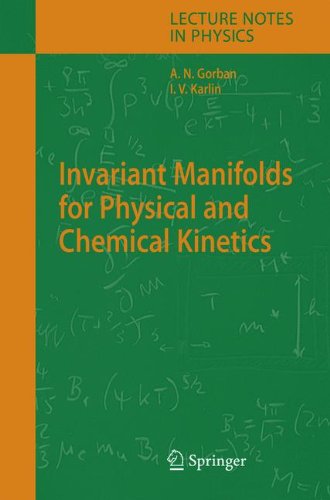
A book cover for Invariant Manifolds for Physical and Chemical Kinetics (Lecture Notes in Physics); Alexander N. Gorban; Science & Math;